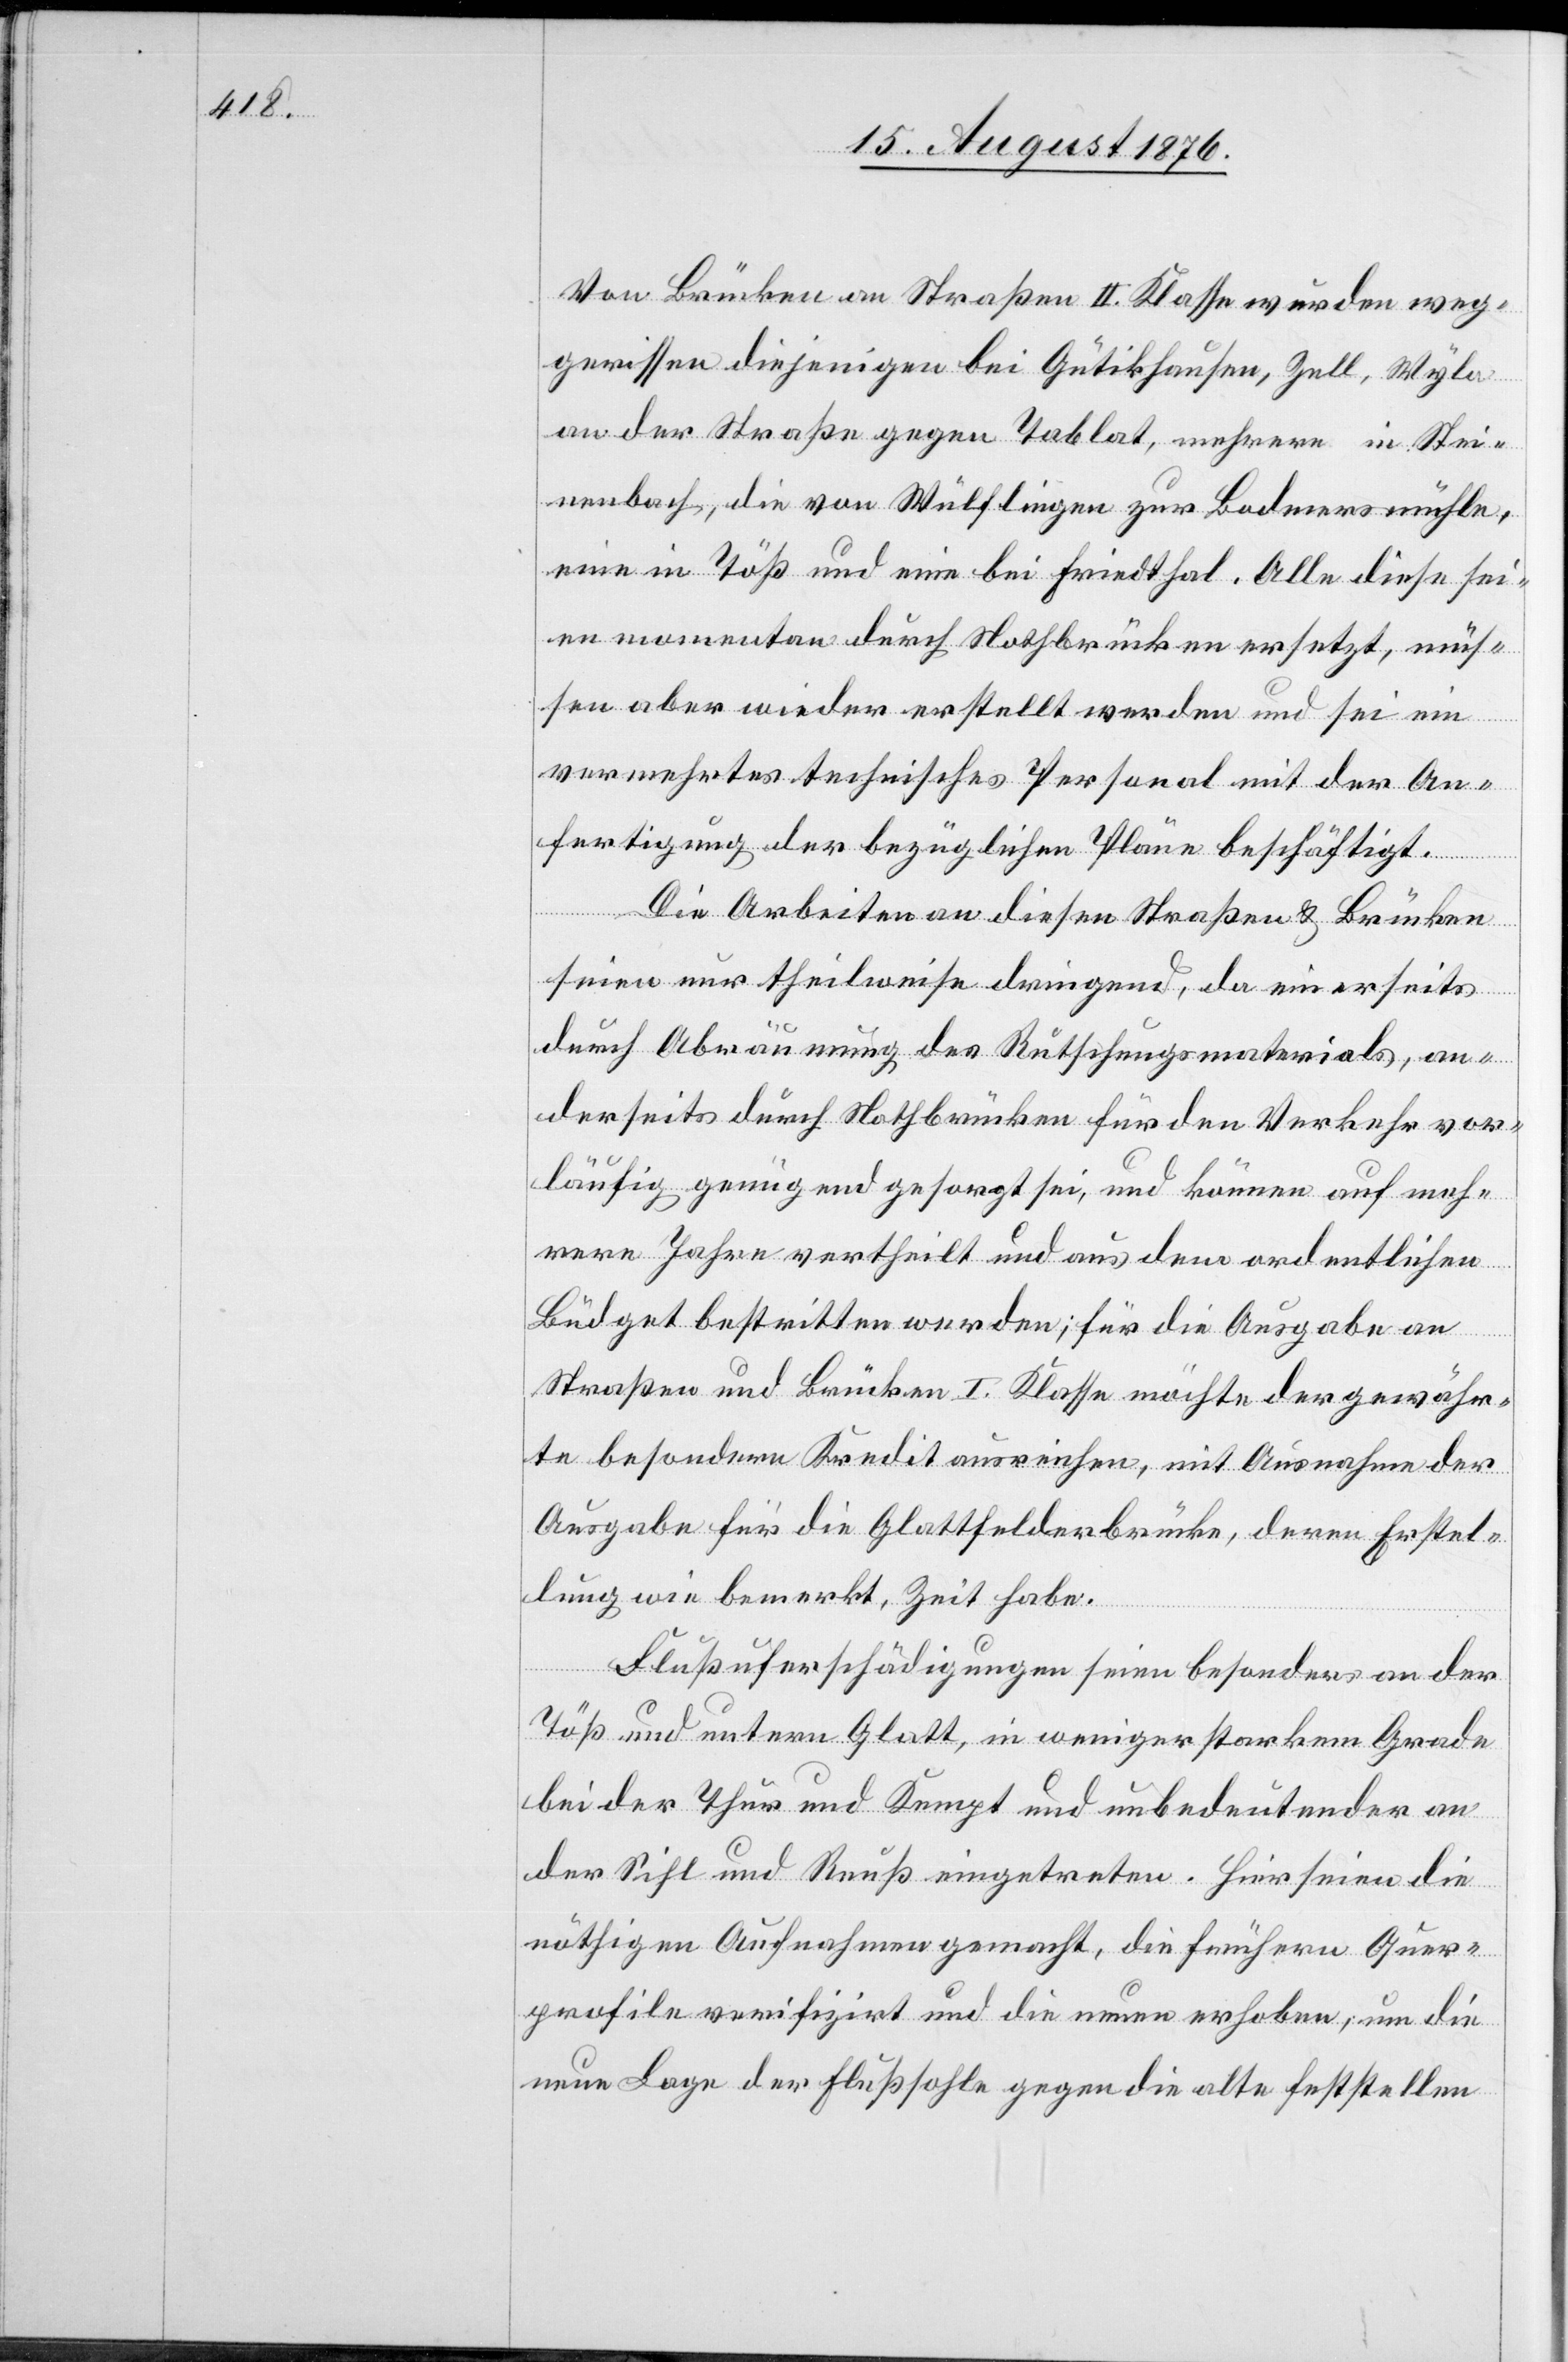
Von Brücken an Straßen II. Klasse wurden weg¬
gerissen diejenigen bei Gütikhausen, Zell, Wyla
an der Straße gegen Tablat, mehrere in Stei¬
nenbach, die von Wülflingen zur Bodmersmühle,
eine in Töß und eine bei Friedthal. Alle diese sei¬
en momentan durch Nothbrücken ersetzt, müs¬
sen aber wieder erstellt werden und sei ein
vermehrtes technisches Personal mit der An¬
fertigung der bezüglichen Pläne beschäftigt.
Die Arbeiten an diesen Straßen & Brücken
seien nur theilweise dringend, da einerseits
durch Abräumung des Rutschungsmaterials, an¬
derseits durch Nothbrücken für den Verkehr vor¬
läufig genügend gesorgt sei, und können auf meh¬
rere Jahre vertheilt und aus dem ordentlichen
Budget bestritten werden; für die Ausgabe an
Straßen und Brücken I. Klasse möchte der gewähr¬
te besondere Kredit ausreichen, mit Ausnahme der
Ausgabe für die Glattfelderbrücke, deren Erstel¬
lung wie bemerkt, Zeit habe.
Flußuferschädigungen seien besonders an der
Töß und untern Glatt, in weniger starkem Grade
bei der Thur und Kempt und unbedeutend an
der Sihl und Reuß eingetreten. Hier seien die
nöthigen Aufnahmen gemacht, die frühern Quer¬
profile verifizirt und die neuen erhoben, um die
neue Lage der Flußsohle gegen die alte feststellen